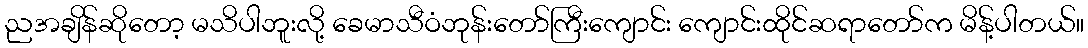
ညအချိန်ဆိုတော့ မသိပါဘူးလို့ ခေမာသီဝံဘုန်းတော်ကြီးကျောင်း ကျောင်းထိုင်ဆရာတော်က မိန့်ပါတယ်။